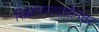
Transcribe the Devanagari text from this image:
शिक्षणसमाप्तीनंतर